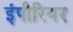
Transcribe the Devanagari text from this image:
इंपीरियर